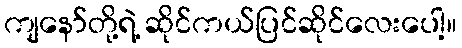
ကျနော်တို့ရဲ့ ဆိုင်ကယ်ပြင်ဆိုင်လေးပေါ့။